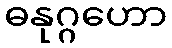
ဓနုဂ္ဂဟော